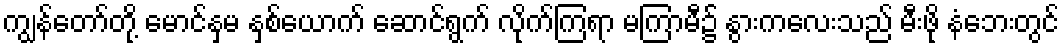
ကျွန်တော်တို့ မောင်နှမ နှစ်ယောက် ဆောင်ရွက် လိုက်ကြရာ မကြာမီ၌ နွားကလေးသည် မီးဖို နံဘေးတွင်